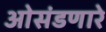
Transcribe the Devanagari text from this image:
ओसंडणारे